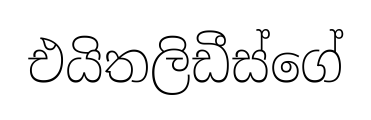
එයිතලිඩීස්ගේ